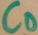
Text: CD